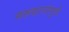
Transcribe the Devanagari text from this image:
मरूद्यानांमुळे